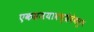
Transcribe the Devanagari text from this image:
एकसमयावच्छेदेकरुन